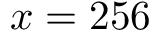
x = 2 5 6